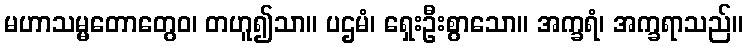
မဟာသမ္မတောတွေဝ၊ တဟူ၍သာ။ ပဌမံ၊ ရှေးဦးစွာသော။ အက္ခရံ၊ အက္ခရာသည်။